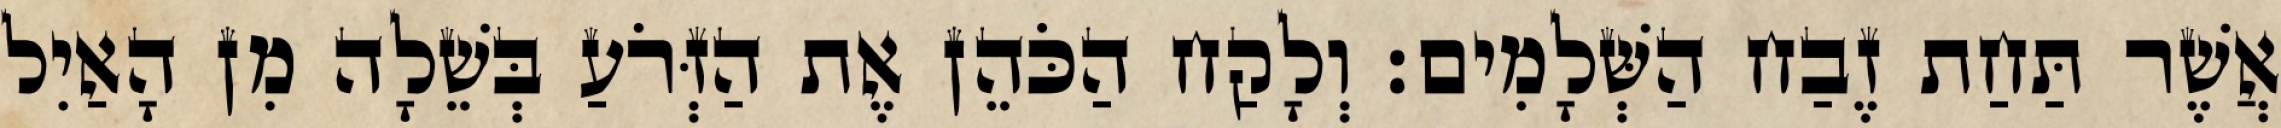
אֲשֶׁר תַּחַת זֶבַח הַשְּׁלָמִים׃ וְלָקַח הַכֹּהֵן אֶת הַזְּרֹעַ בְּשֵׁלָה מִן הָאַיִל